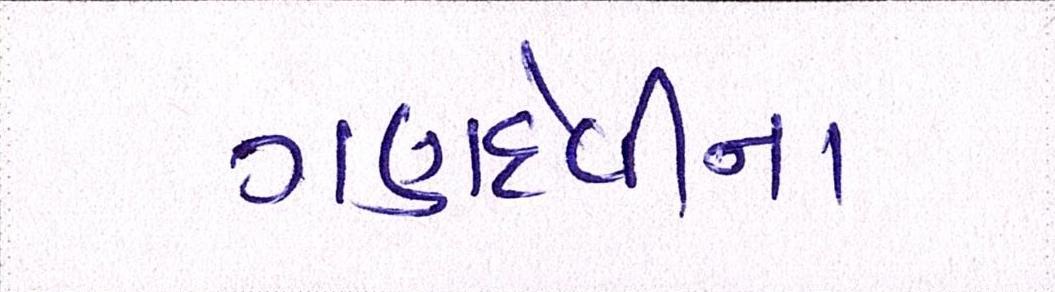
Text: ગણદેવીના